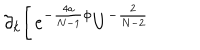
\partial _ { k } \biggl [ \, e ^ { - \frac { 4 a } { N - 1 } \phi } U ^ { - \frac { 2 } { N - 2 } }